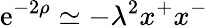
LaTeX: \mathrm{e}^{-2\rho}\simeq-\lambda^{2}x^{+}x^{-}